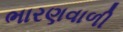
ભારણવાળી